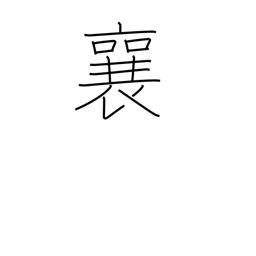
Meaning: rise